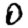
Digit: 0